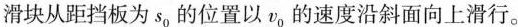
滑块从距挡板为s_{0}的位置以v_{0}，的速度沿斜面向上滑行。